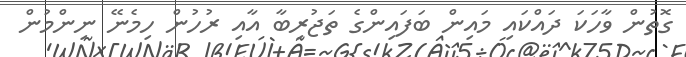
ގޮތުން ވާހަކަ ދައްކައި މައިން ބަފައިންގެ ތަޖުރިބާ އާއި ރުހުން ހިމެނޭ ނިންމުން